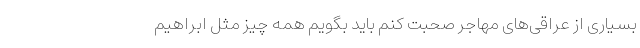
بسیاری از عراقی‌های مهاجر صحبت کنم باید بگویم همه چیز مثل ابراهیم